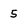
Character: 5